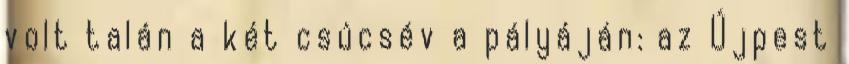
volt talán a két csúcsév a pályáján: az Újpest